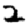
Digit: 2